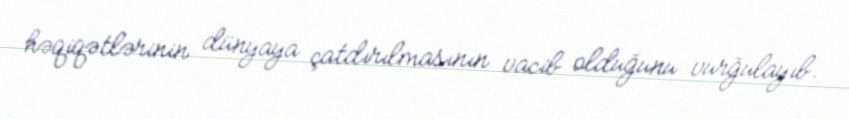
həqiqətlərinin dünyaya çatdırılmasının vacib olduğunu vurğulayıb.